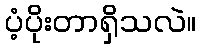
ပံ့ပိုးတာရှိသလဲ။